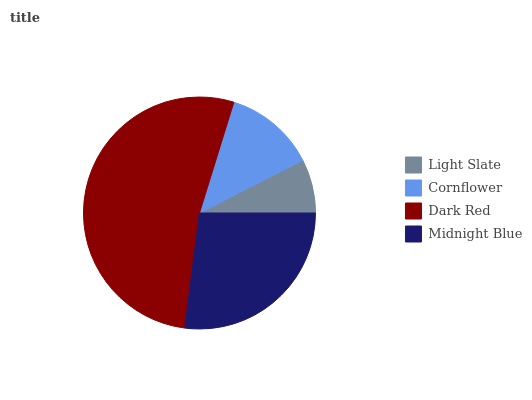
| Light Slate | Cornflower | Dark Red | Midnight Blue |
 | --- | --- | --- | --- |
 | 7.53% | 12.7% | 52.7% | 27.1% |